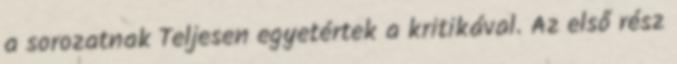
a sorozatnak Teljesen egyetértek a kritikával. Az első rész